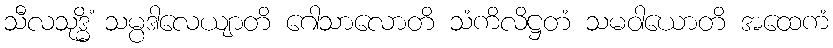
သီလသုဒ္ဓိံ သမ္ပဒါလေယျာတိ ဂေါသာလောတိ သံကိလိဋ္ဌတံ သမဝါယောတိ အထေကံ